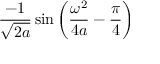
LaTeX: { \frac { - 1 } { \sqrt { 2 a } } } \sin \left( { \frac { \omega ^ { 2 } } { 4 a } } - { \frac { \pi } { 4 } } \right)